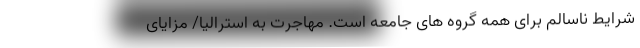
شرایط ناسالم برای همه گروه های جامعه است. مهاجرت به استرالیا/ مزایای